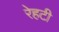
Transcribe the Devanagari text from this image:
रेहटी